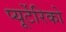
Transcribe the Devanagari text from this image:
प्यूर्टेरिको